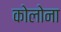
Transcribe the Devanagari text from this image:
कोलोना